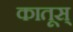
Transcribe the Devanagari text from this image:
कातूस्